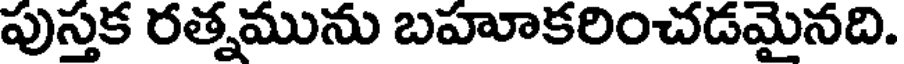
పుస్తక రత్నమును బహూకరించడమైనది.